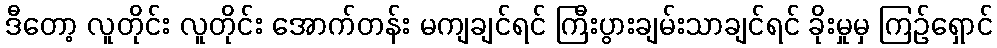
ဒီတော့ လူတိုင်း လူတိုင်း အောက်တန်း မကျချင်ရင် ကြီးပွားချမ်းသာချင်ရင် ခိုးမှုမှ ကြဉ်ရှောင်